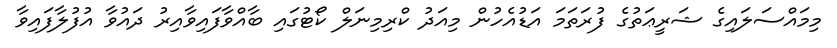
މިމައްސަލައިގެ ޝަރީޢަތުގެ ފުރަތަމަ އަޑުއެހުން މިއަދު ކްރިމިނަލް ކޯޓުގައި ބާއްވާފައިވާއިރު ދައުވާ އުފުލާފައިވާ